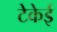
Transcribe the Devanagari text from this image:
टेकेई